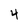
Character: 4